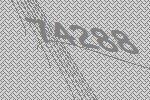
74288